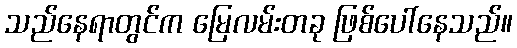
သည်နေရာတွင်က မြေလမ်းတခု ဖြစ်ပေါ်နေသည်။